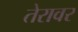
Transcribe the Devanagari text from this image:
तेरावर